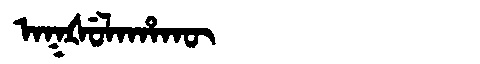
Manchu: ᠠᡴᡧᡠᠯᠠᡥᠠᡴᡡ
Romanization: AKŠULAHAKŪ